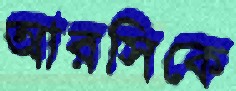
আরসিকে